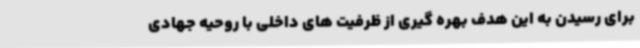
برای رسیدن به این هدف بهره گیری از ظرفیت های داخلی با روحیه جهادی